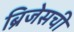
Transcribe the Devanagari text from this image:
ब्रिजेसची